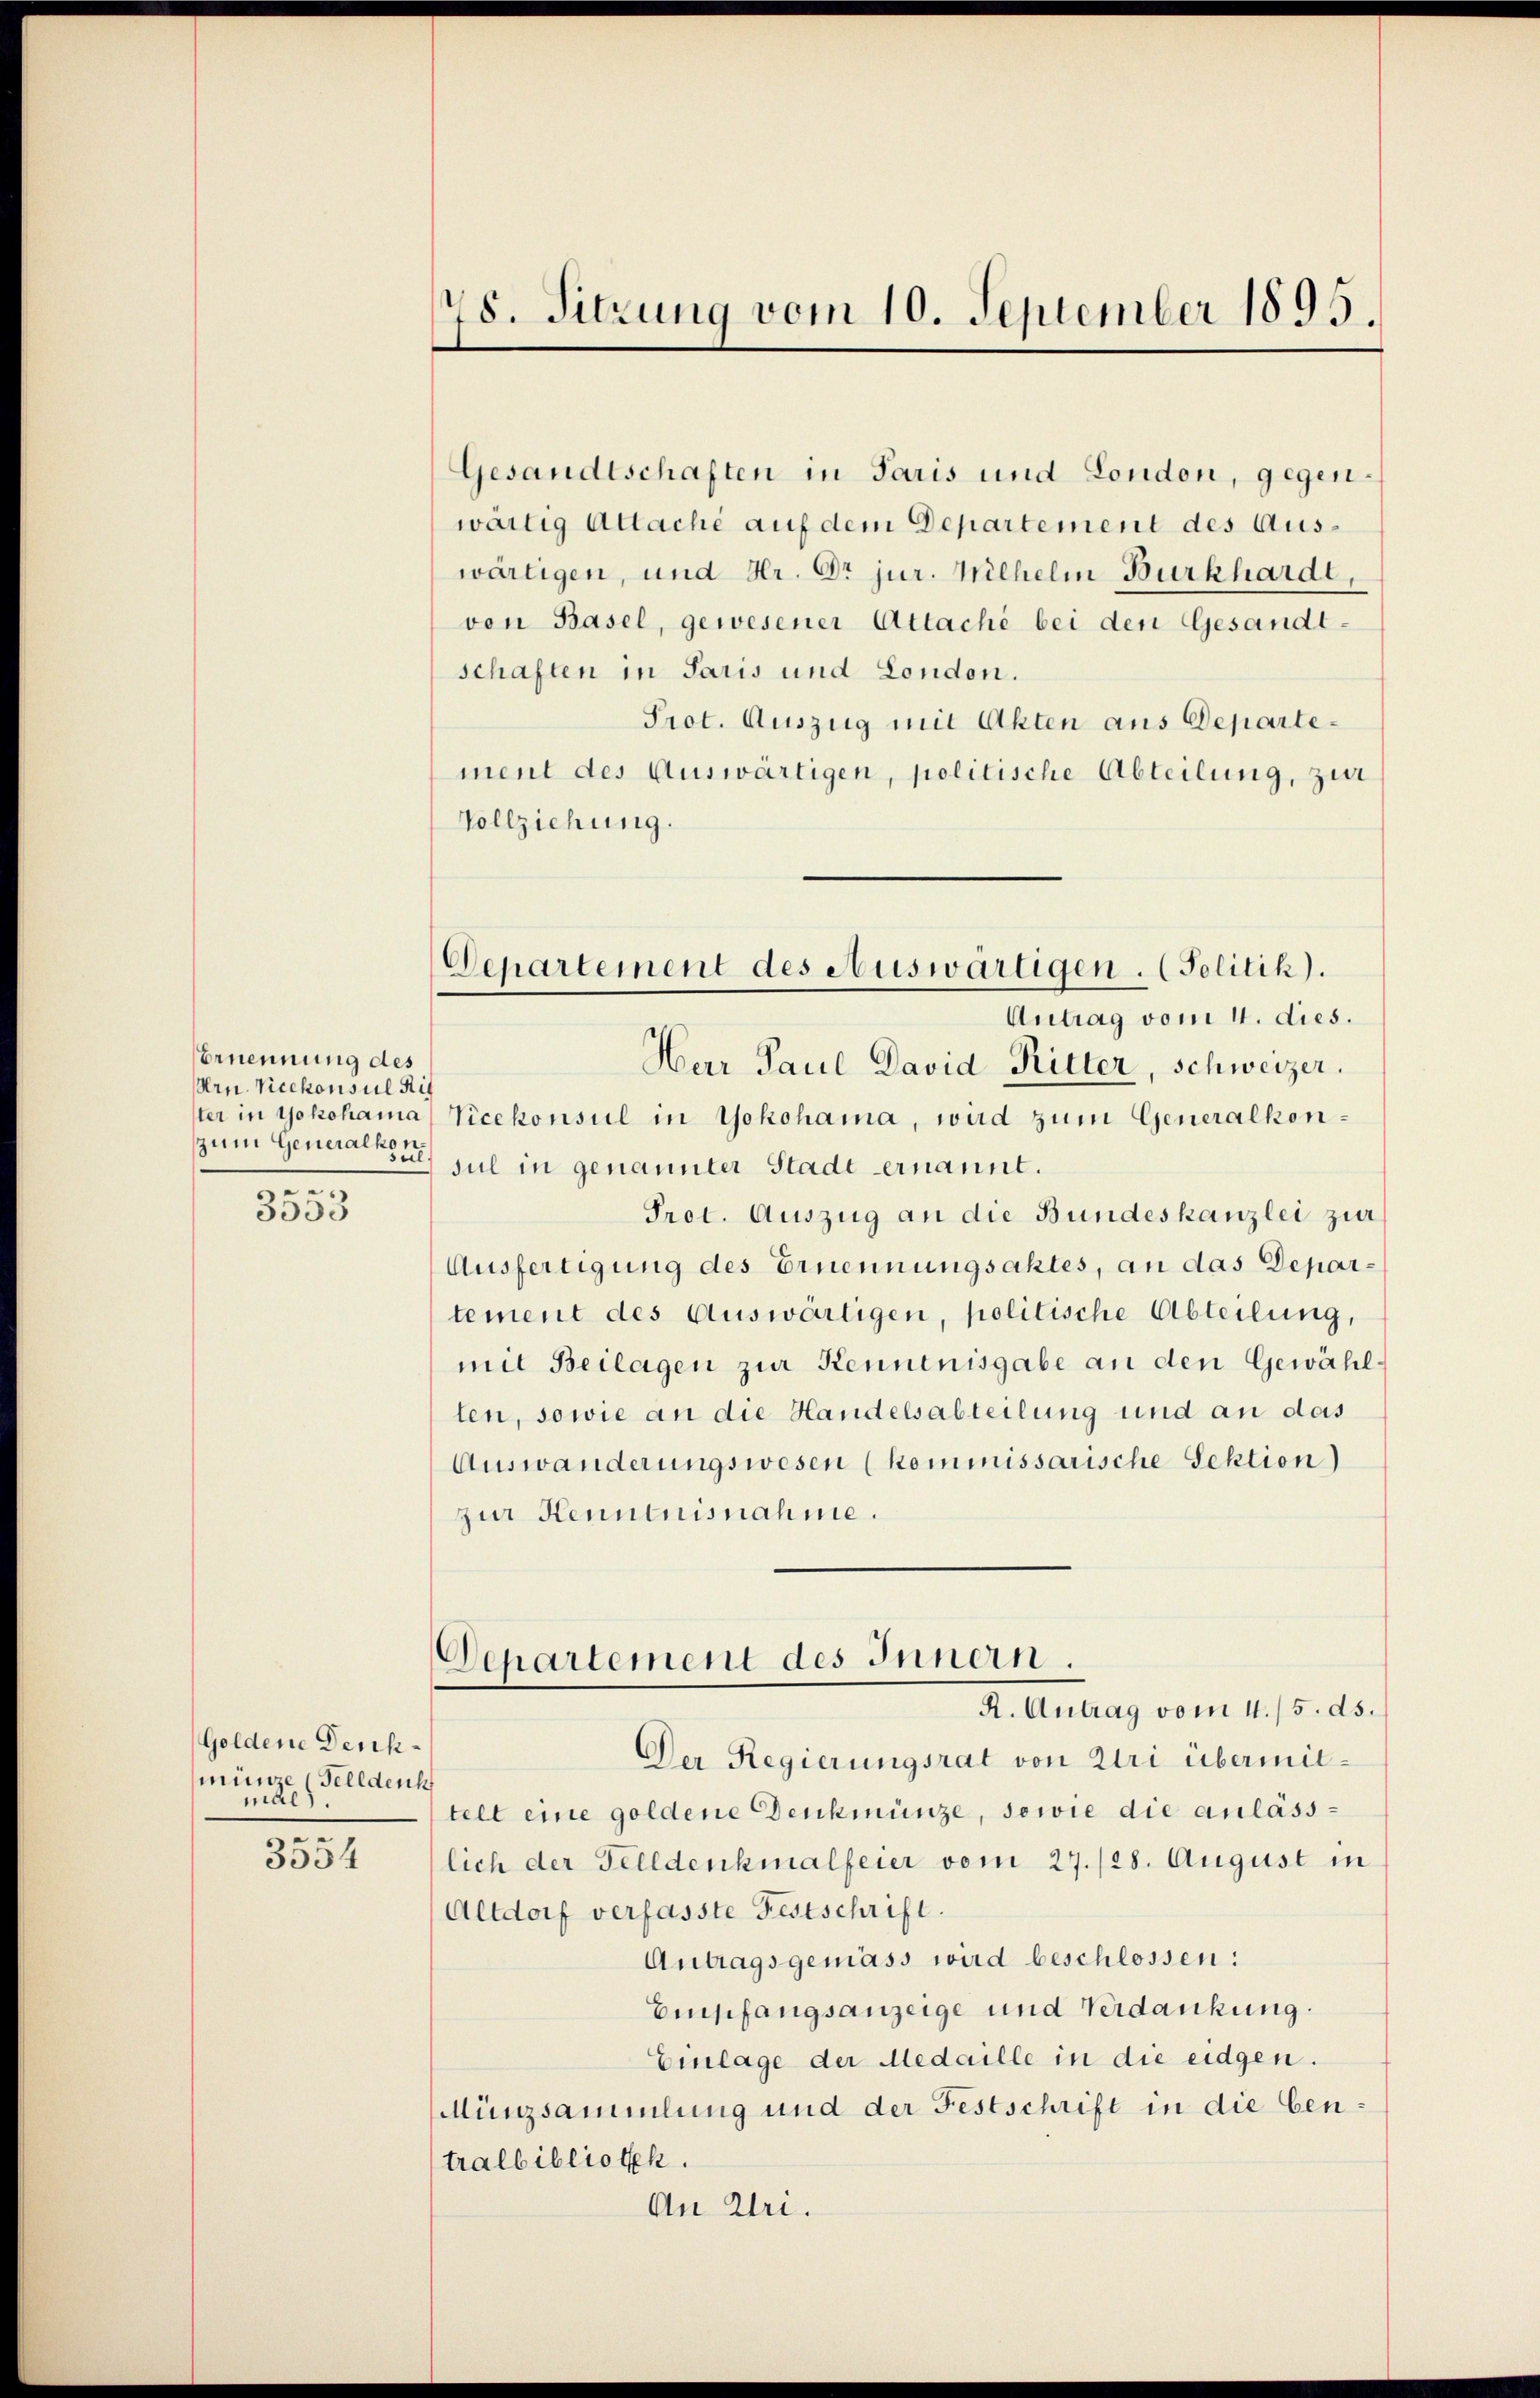
Ernennung des
Arn. Vicekonsul Ris
zzum Generalkon
sect
.

3553

Goldene Denk
münze (Feldenh
mal.
e

3554

78. Sitzung vom 10. September 1895.

Departement des Auswärtigen. (Solitik).
Antrag vom 4. dies.

Gesandtschaften in Paris und London, gegenwärtig Altache auf dem Departement des Auswärtigen, und Hr. Dr jur. Wilhelm Burkhardt,
von Basel, gewesener Attaché bei den Gesandt-
schaften in Paris und London.
Prot. Auszug mit Akten aus Departement des Auswärtigen, politische Abteilung, zur
Vollziehung.
Herr Paul David Ritter, Schweizer.
ster in Yokohama Vicekonsul in Yokohama, wird zum Generalkonsul in genannter Stadt ernannt.
Prot. Auszug an die Bundeskanzlei zur
Ausfertigung des Ernennungsaktes, an das Departement des Auswärtigen, politische Abteilung,
mil Beilagen zur Kennenisgabe an den Gewählten, sowie an die Handelsabteilung und an das
Auswanderungswesen (kommissarische Sektion)
zur Kenntnisnahme.
Departement des Innen.
R. Antrag vom 4./5. ds.
Der Regierungsrat von Uri übermittelt eine goldene Denkmünze, sowie die anläss-
lich der Felldenkmalfeier vom 27./28. August in
Altdorf verfasste Festschrift.
Antragsgemäss wird beschlossen:
Empfangsanzeige und Verdankung
Einlage der Medaille in die eidgen.
Münzsammlung und der Festschrift in die bentralbibliothek.
An Uri.